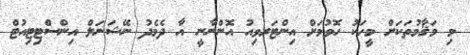
މި މަޤާމުތަކަށް މީހަކު ހޮވުމަށް އިންޓަރވިއު އޮންނާނީ އާ ދެމެދު ނޭޝަނަލް އިންސްޓިޓިއުޓް